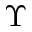
\Upsilon